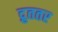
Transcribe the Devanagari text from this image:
द्रुततर